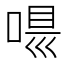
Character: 𠸵